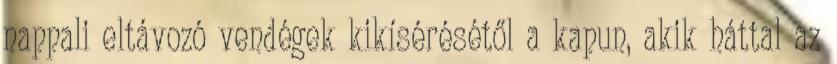
nappali eltávozó vendégek kikísérésétől a kapun, akik háttal az